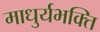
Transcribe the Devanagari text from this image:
माधुर्यभक्ति